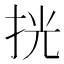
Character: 挄